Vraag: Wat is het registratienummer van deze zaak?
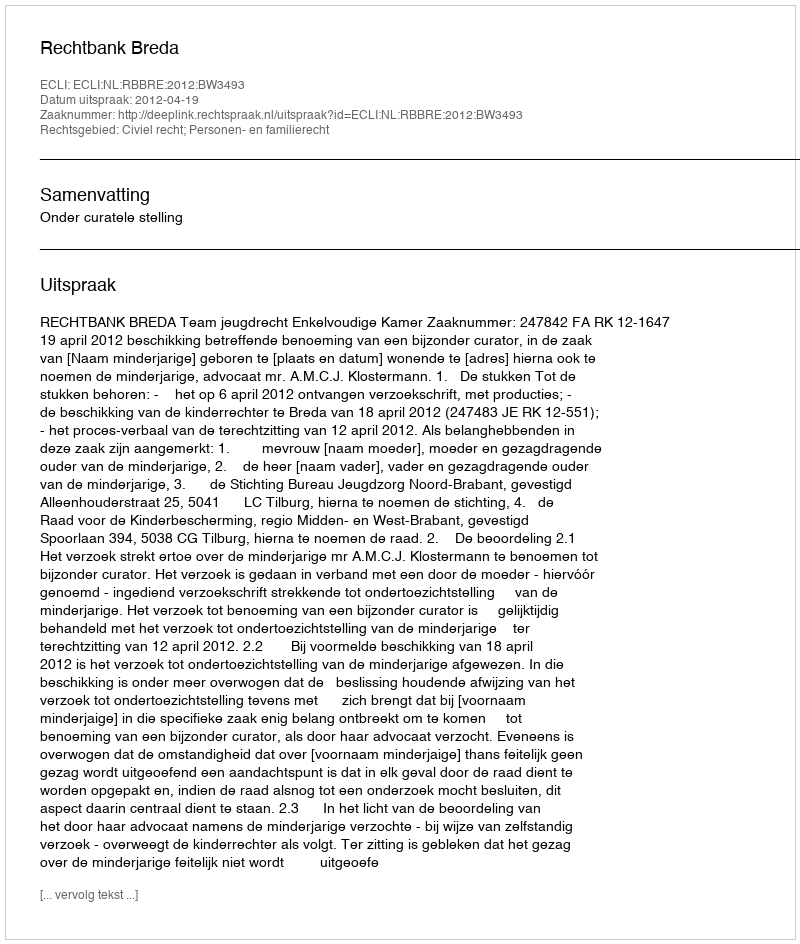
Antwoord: http://deeplink.rechtspraak.nl/uitspraak?id=ECLI:NL:RBBRE:2012:BW3493